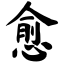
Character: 愈